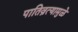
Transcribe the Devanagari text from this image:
पातिव्रत्यामुळे